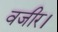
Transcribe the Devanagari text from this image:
वजीर।